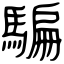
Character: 騙